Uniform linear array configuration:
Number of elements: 12
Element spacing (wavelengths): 0.5
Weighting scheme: uniform
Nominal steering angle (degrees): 15
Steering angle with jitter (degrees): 16.369
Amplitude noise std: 0.05
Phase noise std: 0.05

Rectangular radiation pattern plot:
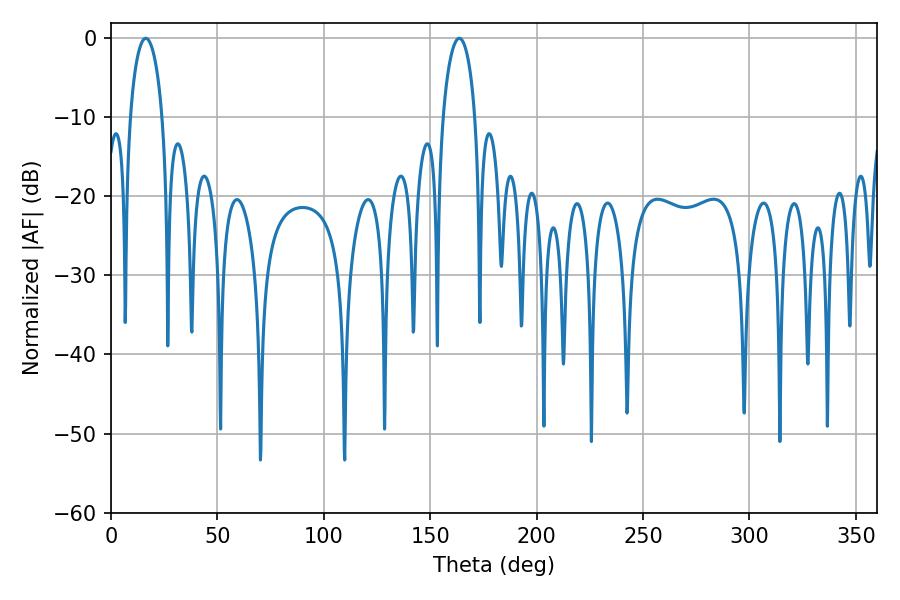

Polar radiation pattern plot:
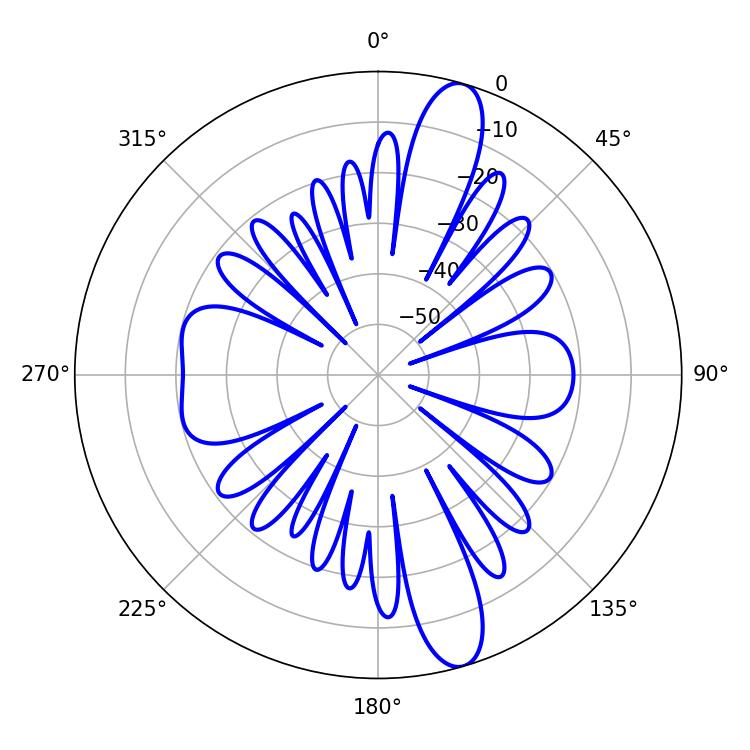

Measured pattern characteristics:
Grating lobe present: FALSE
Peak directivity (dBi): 13.374
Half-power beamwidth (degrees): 8.64
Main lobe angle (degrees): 16.38